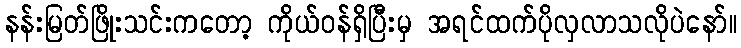
နန်းမြတ်ဖြိုးသင်းကတော့ ကိုယ်ဝန်ရှိပြီးမှ အရင်ထက်ပိုလှလာသလိုပဲနော်။